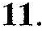
11.